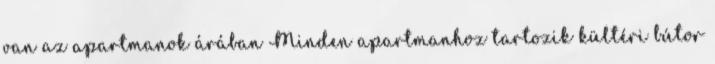
van az apartmanok árában Minden apartmanhoz tartozik kültéri bútor